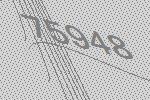
75948